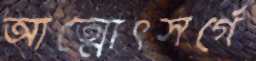
আত্মোৎসর্গে